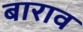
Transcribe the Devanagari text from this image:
बाराव